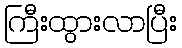
ကြီးထွားလာပြီး